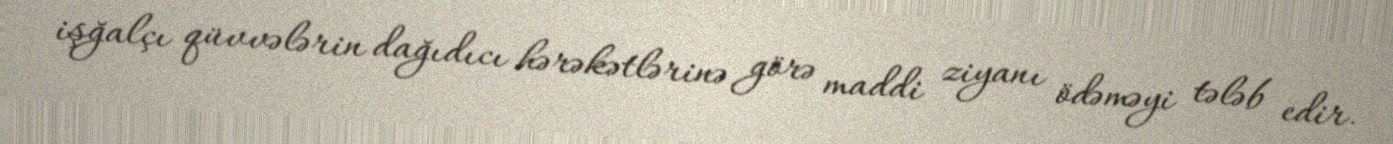
işğalçı qüvvələrin dağıdıcı hərəkətlərinə görə maddi ziyanı ödəməyi tələb edir.